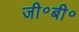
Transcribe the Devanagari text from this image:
जी॰बी॰